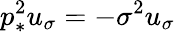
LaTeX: p_{*}^{2}u_{\sigma}=-\sigma^{2}u_{\sigma}